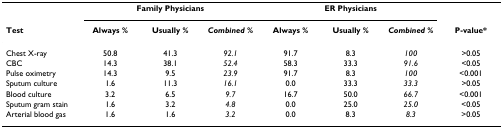
<table><thead><tr><td></td><td colspan="3"><b>Family Physicians</b></td><td colspan="3"><b>ER Physicians</b></td><td></td></tr><tr><td><b>Test</b></td><td><b>Always %</b></td><td><b>Usually %</b></td><td><b><i>Combined %</i></b></td><td><b>Always %</b></td><td><b>Usually %</b></td><td><b><i>Combined %</i></b></td><td><b>P-value*</b></td></tr></thead><tbody><tr><td>Chest X-ray</td><td>50.8</td><td>41.3</td><td><i>92.1</i></td><td>91.7</td><td>8.3</td><td><i>100</i></td><td>&gt;0.05</td></tr><tr><td>CBC</td><td>14.3</td><td>38.1</td><td><i>52.4</i></td><td>58.3</td><td>33.3</td><td><i>91.6</i></td><td>&lt;0.05</td></tr><tr><td>Pulse oximetry</td><td>14.3</td><td>9.5</td><td><i>23.9</i></td><td>91.7</td><td>8.3</td><td><i>100</i></td><td>&lt;0.001</td></tr><tr><td>Sputum culture</td><td>1.6</td><td>11.3</td><td><i>16.1</i></td><td>0.0</td><td>33.3</td><td><i>33.3</i></td><td>&gt;0.05</td></tr><tr><td>Blood culture</td><td>3.2</td><td>6.5</td><td><i>9.7</i></td><td>16.7</td><td>50.0</td><td><i>66.7</i></td><td>&lt;0.001</td></tr><tr><td>Sputum gram stain</td><td>1.6</td><td>3.2</td><td><i>4.8</i></td><td>0.0</td><td>25.0</td><td><i>25.0</i></td><td>&lt;0.05</td></tr><tr><td>Arterial blood gas</td><td>1.6</td><td>1.6</td><td><i>3.2</i></td><td>0.0</td><td>8.3</td><td><i>8.3</i></td><td>&gt;0.05</td></tr></tbody></table>